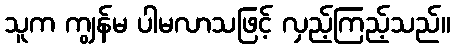
သူက ကျွန်မ ပါမလာသဖြင့် လှည့်ကြည့်သည်။